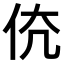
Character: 𠇳